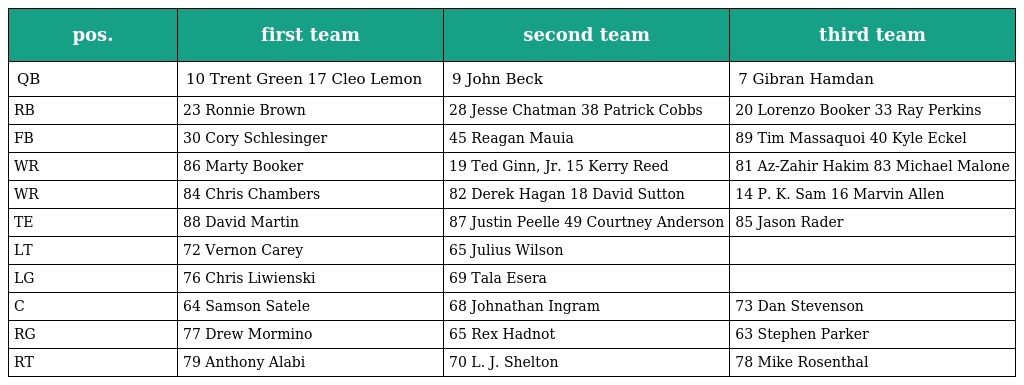
| pos. | first team | second team | third team |
 | --- | --- | --- | --- |
 | QB | 10 Trent Green 17 Cleo Lemon | 9 John Beck | 7 Gibran Hamdan |
 | RB | 23 Ronnie Brown | 28 Jesse Chatman 38 Patrick Cobbs | 20 Lorenzo Booker 33 Ray Perkins |
 | FB | 30 Cory Schlesinger | 45 Reagan Mauia | 89 Tim Massaquoi 40 Kyle Eckel |
 | WR | 86 Marty Booker | 19 Ted Ginn, Jr. 15 Kerry Reed | 81 Az-Zahir Hakim 83 Michael Malone |
 | WR | 84 Chris Chambers | 82 Derek Hagan 18 David Sutton | 14 P. K. Sam 16 Marvin Allen |
 | TE | 88 David Martin | 87 Justin Peelle 49 Courtney Anderson | 85 Jason Rader |
 | LT | 72 Vernon Carey | 65 Julius Wilson |  |
 | LG | 76 Chris Liwienski | 69 Tala Esera |  |
 | C | 64 Samson Satele | 68 Johnathan Ingram | 73 Dan Stevenson |
 | RG | 77 Drew Mormino | 65 Rex Hadnot | 63 Stephen Parker |
 | RT | 79 Anthony Alabi | 70 L. J. Shelton | 78 Mike Rosenthal |